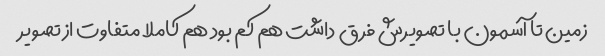
زمین تا آسمون با تصویرش فرق داشت هم کم بود هم کاملا متفاوت از تصویر